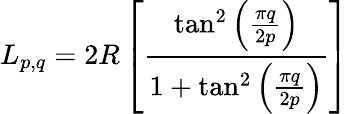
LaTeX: L_{p,q}=2R\left[\frac{\tan^{2}\left(\frac{\pi q}{2p}\right)}{1+\tan^{2}\left(\frac{\pi q}{2p}\right)}\right]